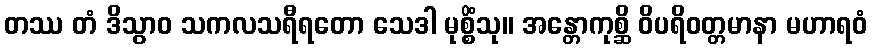
တဿ တံ ဒိသွာဝ သကလသရီရတော သေဒါ မုစ္စိံသု။ အန္တောကုစ္ဆိ ဝိပရိဝတ္တမာနာ မဟာရဝံ